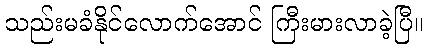
သည်းမခံနိုင်လောက်အောင် ကြီးမားလာခဲ့ပြီ။